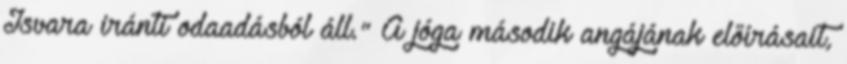
Isvara iránti odaadásból áll." A jóga második angájának előírásait,